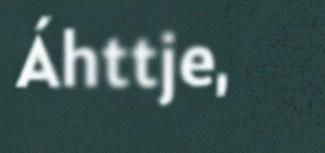
Áhttje,